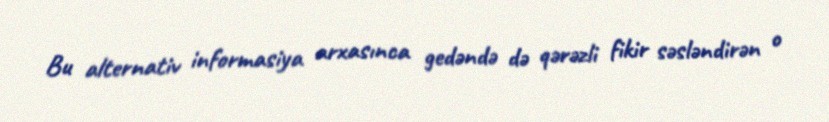
Bu alternativ informasiya arxasınca gedəndə də qərəzli fikir səsləndirən o